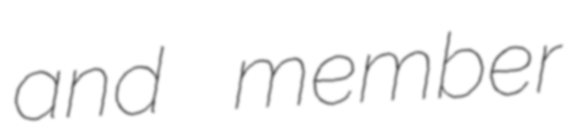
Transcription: and member